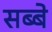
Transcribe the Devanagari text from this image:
सब्बे